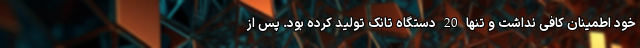
خود اطمینان کافی نداشت و تنها 20 دستگاه تانک تولید کرده بود. پس از